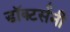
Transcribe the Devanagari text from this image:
डॉक्टर्सनी